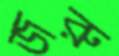
জরু